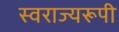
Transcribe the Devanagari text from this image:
स्वराज्यरूपी